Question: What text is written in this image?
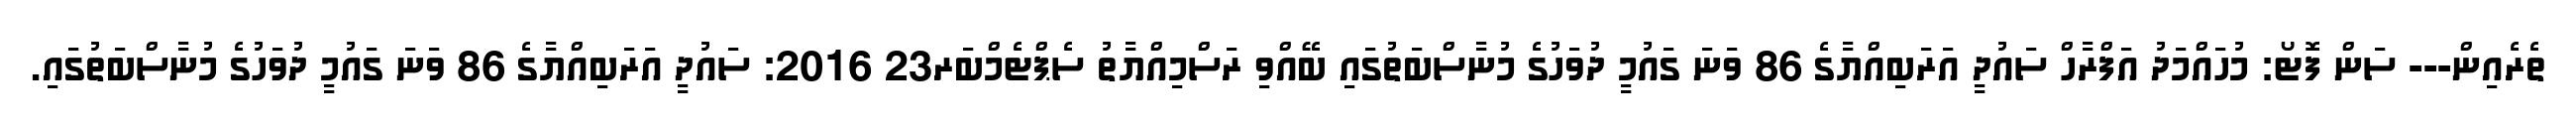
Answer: ތެރެއިން--- ސަން ފޮޓޯ: މުހައްމަދު އަފްރާހް ސައުދީ އަރަބިއްޔާގެ 86 ވަނަ ގައުމީ ދުވަހުގެ މުނާސްބަތުގައި ބޭއްވި ރަސްމިއްޔާތު ސެޕްޓެމްބަރ23 2016: ސައުދީ އަރަބިއްޔާގެ 86 ވަނަ ގައުމީ ދުވަހުގެ މުނާސްބަތުގައި.